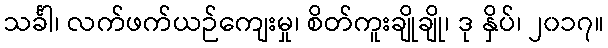
သင်္ခါ၊ လက်ဖက်ယဉ်ကျေးမှု၊ စိတ်ကူးချိုချို၊ ဒု နှိပ်၊ ၂၀၁၇။